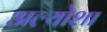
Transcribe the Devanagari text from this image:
अल्योशा